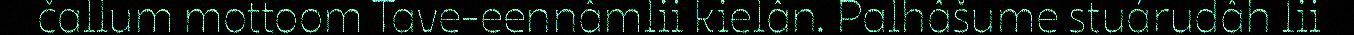
čallum mottoom Tave-eennâmlii kielân. Palhâšume stuárudâh lii